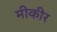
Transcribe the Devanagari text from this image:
मीकीर